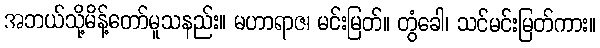
အဘယ်သို့မိန့်တော်မူသနည်း။ မဟာရာဇ၊ မင်းမြတ်။ တွံခေါ၊ သင်မင်းမြတ်ကား။